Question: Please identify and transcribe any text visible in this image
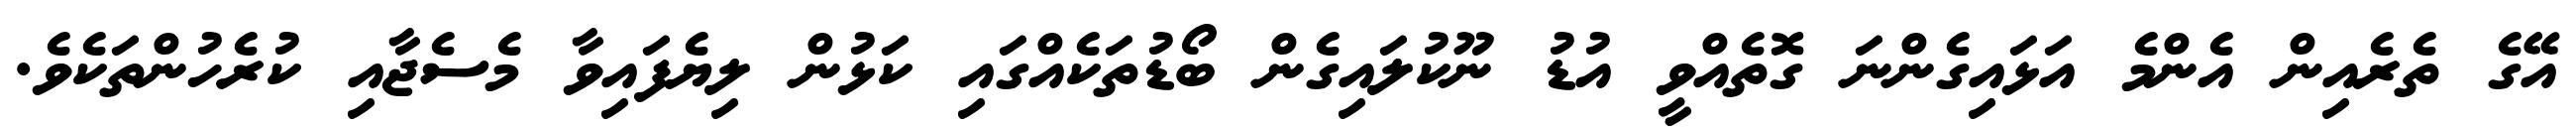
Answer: އޭގެ ތެރެއިން އެންމެ އަޅައިގެންނަ ގޮތެއްވީ އުޑު ނޫކުލައިގެން ބޯޑުތަކެއްގައި ކަޅުން ލިޔެފައިވާ މެސެޖާއި ކުރެހުންތަކެވެ.